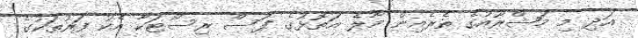
އަދި މި މަޝްރޫއުގެ ތެރެއިން މާލެ އަތޮޅުގެ ފަސް ރިސޯޓަކާ އެކު ފަރުތަކުގެ